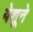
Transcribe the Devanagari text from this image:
येशूने